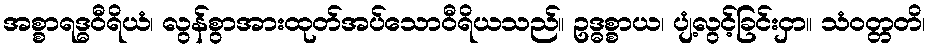
အစ္စာရဒ္ဓဝီရိယံ၊ လွန်စွာအားထုတ်အပ်သောဝီရိယသည်။ ဥဒ္ဓစ္စာယ၊ ပျံ့လွင့်ခြင်းငှာ။ သံဝတ္တတိ၊